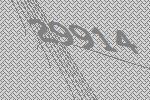
29914